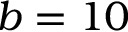
b = 1 0